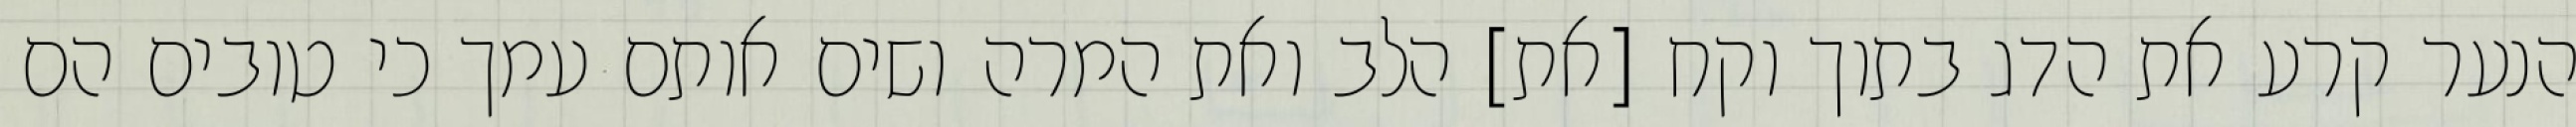
הנער קרע את הדג בתוך וקח [את] הלב ואת המרה ושים אותם עמך כי טובים הם